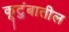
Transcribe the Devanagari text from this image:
कूटुंबातील